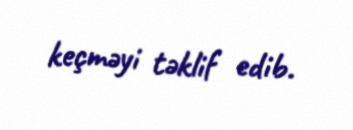
keçməyi təklif edib.